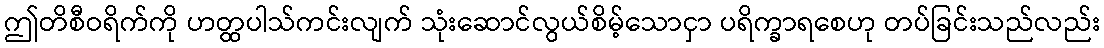
ဤတိစီဝရိက်ကို ဟတ္ထပါသ်ကင်းလျက် သုံးဆောင်လွယ်စိမ့်သောငှာ ပရိက္ခာရစေဟု တပ်ခြင်းသည်လည်း